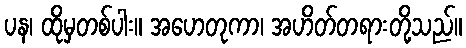
ပန၊ ထိုမှတစ်ပါး။ အဟေတုကာ၊ အဟိတ်တရားတို့သည်။